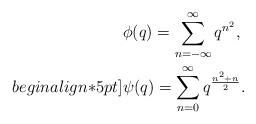
LaTeX: \begin{align*}&\phi(q)=\sum_{n=-\infty}^{\infty}q^{n^2},\\begin{align*}5pt] &\psi(q)=\sum_{n=0}^{\infty}q^{\frac{n^2+n}{2}}.\end{align*}